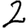
Digit: 2